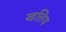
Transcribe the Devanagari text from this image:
खत्तिय